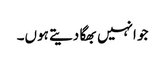
جو انہیں بھگا دیتے ہوں۔